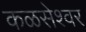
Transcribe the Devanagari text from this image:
कळसेश्वर